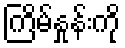
ကြိမ်နှုန်းကို